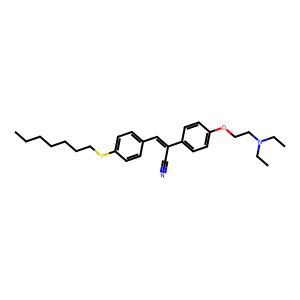
SMILES: CCCCCCCSc1ccc(C=C(C#N)c2ccc(OCCN(CC)CC)cc2)cc1
Inhibits HIV replication: No